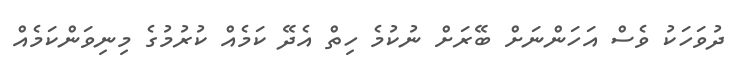
ދުވަހަކު ވެސް އަހަންނަށް ބޭރަށް ނުކުމެ ހިތް އެދޭ ކަމެއް ކުރުމުގެ މިނިވަންކަމެއް